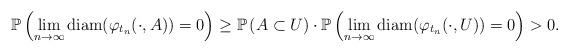
LaTeX: \begin{align*}\mathbb{P}\left( \lim_{n\rightarrow \infty} \textrm{diam}( \varphi_{t_n} (\cdot,A)) =0 \right) \geq \mathbb{P}\left( A \subset U \right) \cdot \mathbb{P} \left( \lim_{n\rightarrow \infty} \textrm{diam}( \varphi_{t_n} (\cdot,U)) =0 \right) > 0.\end{align*}